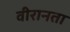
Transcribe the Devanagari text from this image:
वीरानता